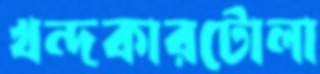
খন্দকারটোলা